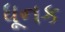
ધૂનક